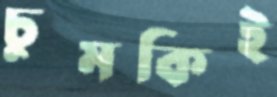
চুমকিই